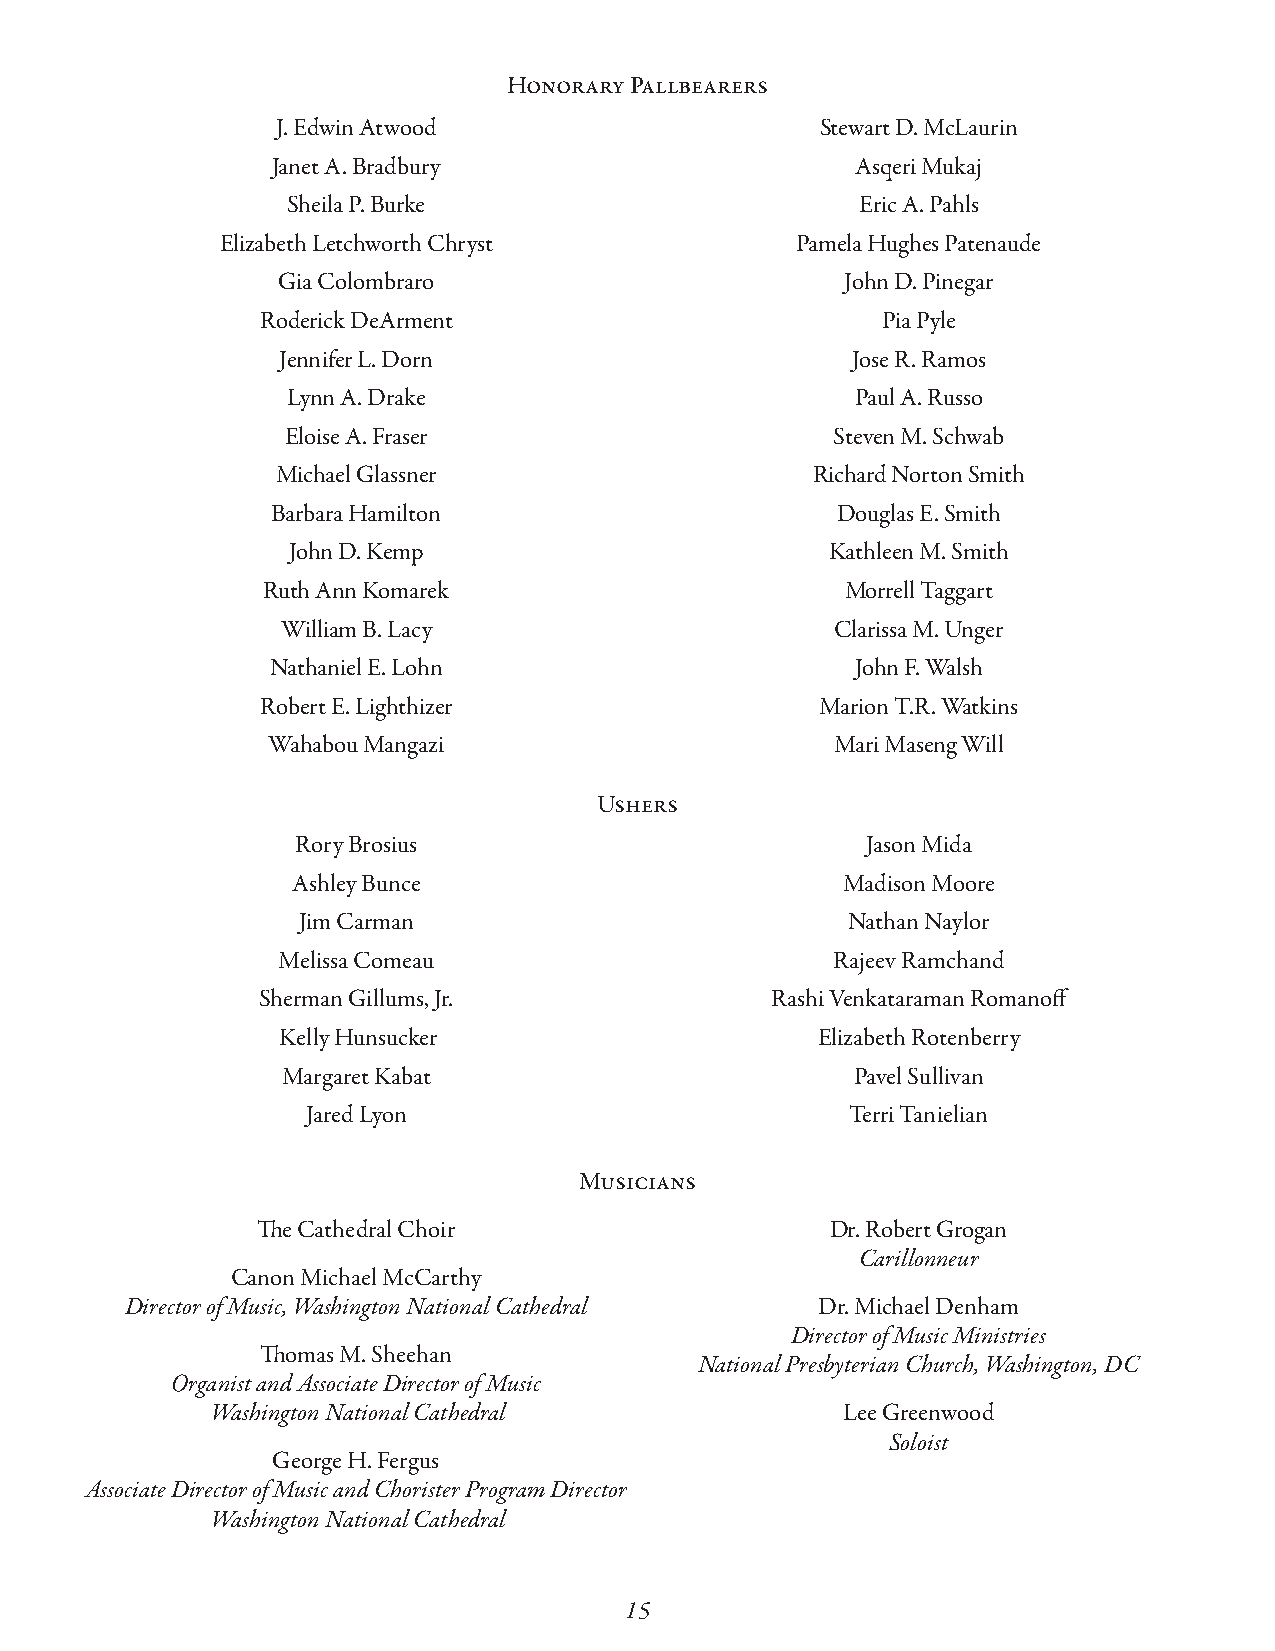
Honorary Pallbearers
 J. Edwin Atwood                     Stewart D. McLaurin
 Janet A. Bradbury                      Asqeri Mukaj
 Sheila P. Burke                       Eric A. Pahls
 Elizabeth Letchworth Chryst           Pamela Hughes Patenaude
 Gia Colombraro                        John D. Pinegar
 Roderick DeArment                        Pia Pyle
 Jennifer L. Dorn                      Jose R. Ramos
 Lynn A. Drake                         Paul A. Russo
 Eloise A. Fraser                    Steven M. Schwab
 Michael Glassner                    Richard Norton Smith
 Barbara Hamilton                     Douglas E. Smith
 John D. Kemp                        Kathleen M. Smith
 Ruth Ann Komarek                       Morrell Taggart
 William B. Lacy                     Clarissa M. Unger
 Nathaniel E. Lohn                      John F. Walsh
 Robert E. Lighthizer                 Marion T.R. Watkins
 Wahabou Mangazi                      Mari Maseng Will
 Ushers
 Rory Brosius                         Jason Mida
 Ashley Bunce                         Madison Moore
 Jim Carman                          Nathan Naylor
 Melissa Comeau                       Rajeev Ramchand
 Sherman Gillums, Jr.              Rashi Venkataraman Romanoff
 Kelly Hunsucker                    Elizabeth Rotenberry
 Margaret Kabat                        Pavel Sullivan
 Jared Lyon                          Terri Tanielian
 Musicians
 The Cathedral Choir                   Dr. Robert Grogan
 Carillonneur
 Canon Michael McCarthy
 Director of Music, Washington National Cathedral Dr. Michael Denham
 Director of Music Ministries
 Thomas M. Sheehan
 National Presbyterian Church, Washington, DC
 Organist and Associate Director of Music
 Washington National Cathedral             Lee Greenwood
 Soloist
 George H. Fergus
 Associate Director of Music and Chorister Program Director
 Washington National Cathedral
 15